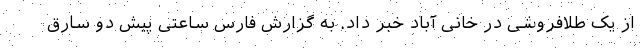
از یک طلافروشی در خانی آباد خبر داد. به گزارش فارس ساعتی پیش دو سارق